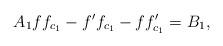
LaTeX: \begin{align*}A_{1}ff_{c_{1}}-f^{\prime }f_{c_{1}}-ff_{c_{1}}^{\prime }=B_{1}, \end{align*}